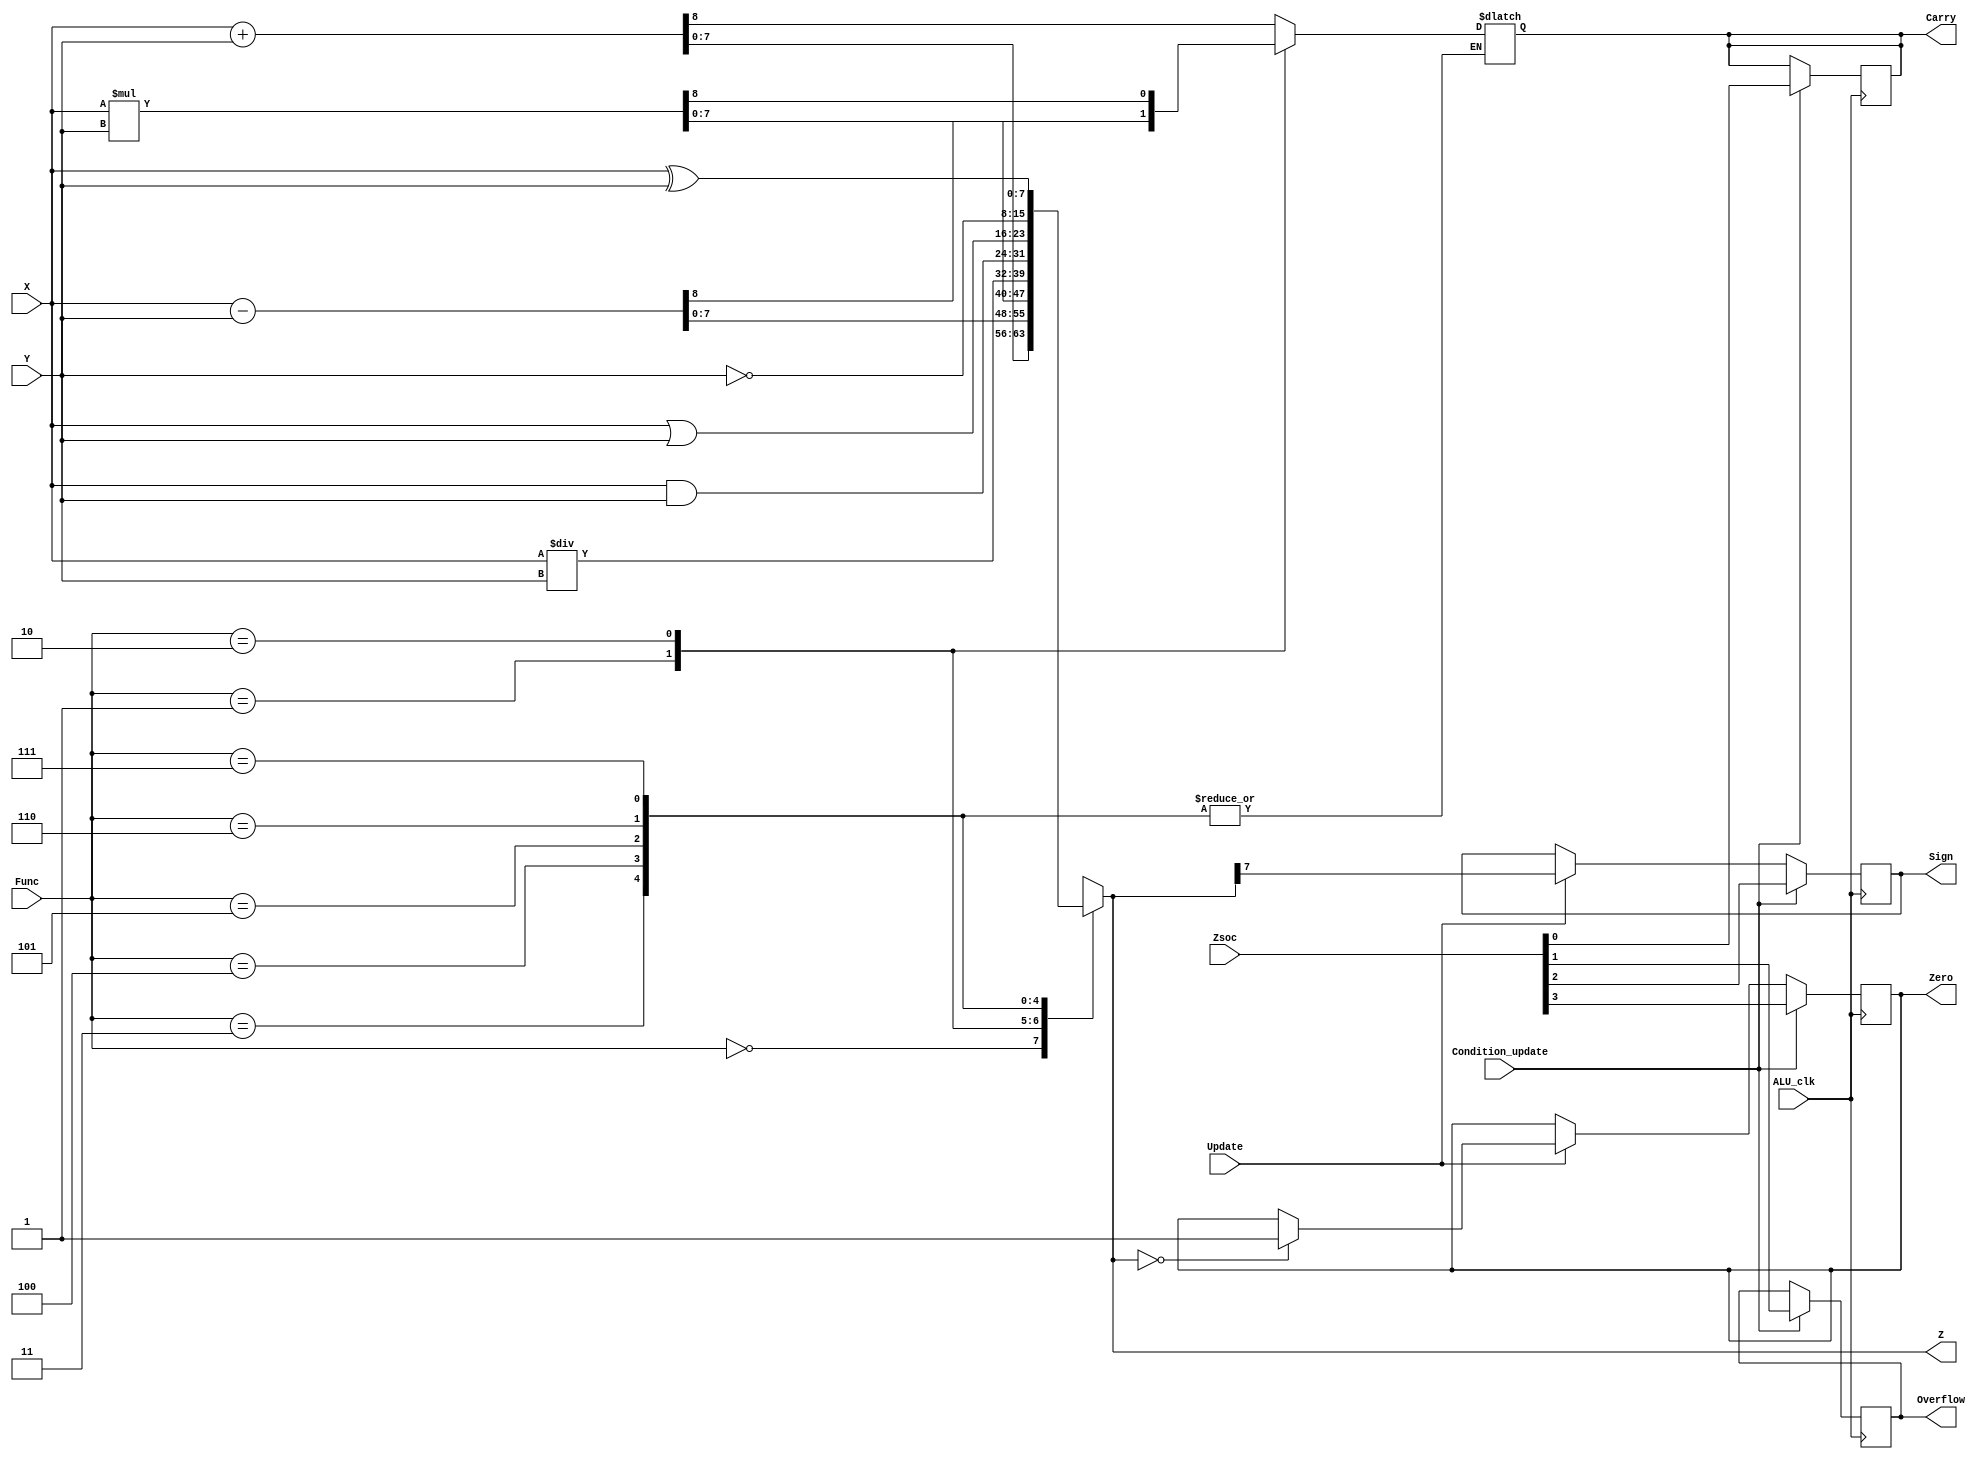
`timescale 1ns / 1ps
//////////////////////////////////////////////////////////////////////////////////
// Company: 
// Engineer: 
// 
// Design Name: 
// Module Name:    ALU 
// Project Name: 
// Target Devices: 
// Tool versions: 
// Description: 
//
// Dependencies: 
//
// Revision: 
// Revision 0.01 - File Created
// Additional Comments: 
//
//////////////////////////////////////////////////////////////////////////////////
module ALU(X,Y,Z,Func, Zero, Sign, Overflow, Carry, ALU_clk, Update, Zsoc,Condition_update
    );
	 input[7:0] X;
	 input[7:0] Y;
	 output[7:0] Z;
	 input[2:0] Func;
	 input ALU_clk, Update,Condition_update;
	 output Zero, Sign, Overflow, Carry;
	 input[7:0] Zsoc;  
	 reg[7:0] Z;
	 
	 reg Sign,Carry;
	 reg Zero = 1'b0;
	 reg Overflow =1'b0;
	 
	 always @(X or Y or Func)
	 begin
		case(Func)
		3'b000 : {Carry,Z} = X + Y;
		3'b001 : {Carry,Z} = X - Y;
		3'b010 : {Carry,Z} = X * Y;
		3'b011 : Z = X / Y;
		3'b100 : Z = X & Y;
		3'b101 : Z = X | Y;
		3'b110 : Z = ~Y;
		3'b111 : Z = X ^ Y;
		endcase

	end
	always @(posedge ALU_clk)
	begin
		if(Update == 1'b1)
		begin
			Sign = Z[7];
			if( Z == 8'b00000000 )
					Zero = 1;
		end
		if(Condition_update == 1'b1)
		begin
			Zero = Zsoc[3];
			Sign = Zsoc[2];
			Overflow = Zsoc[1];
			Carry = Zsoc[0];
		end	
	end			
	

endmodule